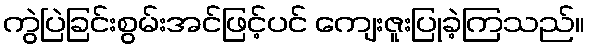
ကွဲပြဲခြင်းစွမ်းအင်ဖြင့်ပင် ကျေးဇူးပြုခဲ့ကြသည်။